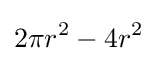
2\pi r^{2}-4r^{2}